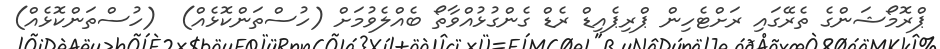
ޕްރޮމޯޝަންގެ ތެރޭގައި ރަށްޓެހިން ޕްރިޕެއިޑް ރެޑް ގެންގުޅުއްވާތޯ ބެއްލެވުމަށް (ހުސްތަންކޮޅެއް)  (ހުސްތަންކޮޅެއް)